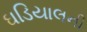
ઘડિયાલની